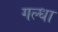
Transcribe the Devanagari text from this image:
गल्धा